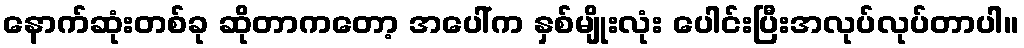
နောက်ဆုံးတစ်ခု ဆိုတာကတော့ အပေါ်က နှစ်မျိုးလုံး ပေါင်းပြီးအလုပ်လုပ်တာပါ။